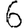
Digit: 6